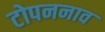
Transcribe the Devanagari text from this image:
टोपननाव